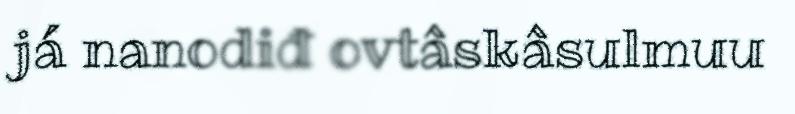
já nanodiđ ovtâskâsulmuu